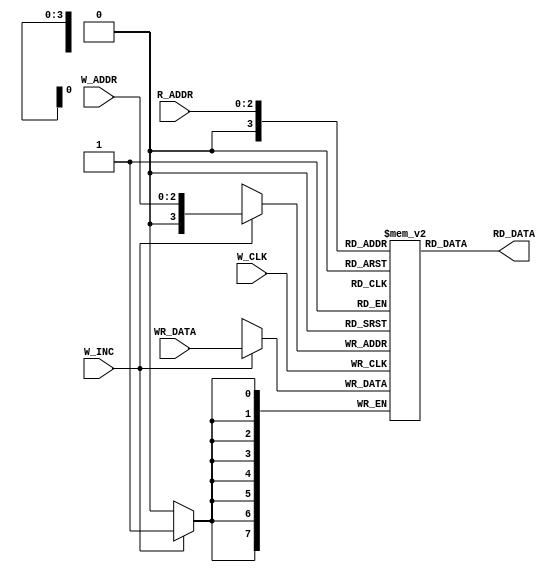
module FIFO_MEM_CNTRL  #(
    parameter DATA_WIDTH = 8 , ADDRESS_WIDTH = 3 , FIFO_DIPTH = 8
) (
    input W_CLK , W_INC ,
    input [ADDRESS_WIDTH-1:0] W_ADDR , R_ADDR ,
    input [DATA_WIDTH-1 : 0 ] WR_DATA ,
    output [DATA_WIDTH-1 : 0] RD_DATA 
);

 reg [DATA_WIDTH-1 : 0 ] FIFO_MEM [FIFO_DIPTH:0] ;

 // Write Data 

 always @(posedge W_CLK ) begin
        if(W_INC) begin
            FIFO_MEM[W_ADDR] <= WR_DATA ;
        end
 end
    // Read Data

  assign  RD_DATA = FIFO_MEM[R_ADDR] ;
endmodule